Report of the Imperial Institute of Veterinary Research, Muktesar
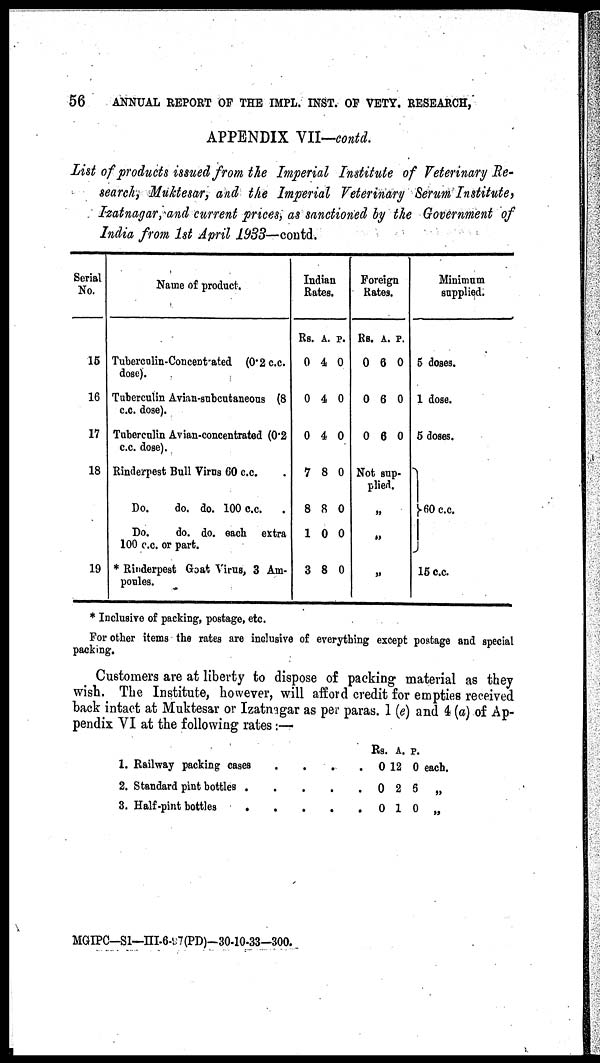
56
ANNUAL REPORT OF THE IMPL. INST. OF VETY. RESEARCH,
APPENDIX VII—contd.
List of products issued from the Imperial Institute of Veterinary Re-
search, Muktesar, and the Imperial Veterinary Serum Institute,
Izatnagar, and current prices, as sanctioned by the Government of
India from 1st April 1933—contd.
Serial
No.
15
16
17
18
19
Name of product.
Tuberculin-Concentrated (0.2 c.c.
dose).
Tuberculin Avian-subcutaneous (8
c.c. dose).
Tuberculin Avian-concentrated (0.2
c.c. dose).
Rinderpest Bull Virus 60 c.c.
Do.
do. do. 100 c.c.
Do.
do. do. each extra
100 c.c. or part.
* Rinderpest Goat Virus, 3 Am-
poules.
Indian
Rates.
Rs.
0
0
0
7
8
1
3
A.
4
4
4
8
8
0
8
P.
0
0
0
0
0
0
0
Foreign
Rates.
Rs.
0
0
0
A.
6
6
6
P.
0
0
0
Not sup-
lied.
„
„
„
Minimum
supplied.
5 doses.
1 dose.
5 doses.
}60 c.c.
15 c.c.
* Inclusive of packing, postage, etc.
For other items the rates are inclusive of everything except postage and special
packing.
Customers are at liberty to dispose of packing material as they
wish. The Institute, however, will afford credit for empties received
back intact at Muktesar or Izatnagar as per paras. 1 (e) and 4 (a) of Ap-
pendix VI at the following rates :—
1. Railway packing cases
2. Standard pint bottles .
3. Half-pint bottles
.
.
.
.
.
.
.
.
.
.
.
.
.
Rs.
0
0
0
A.
12
2
1
P.
0
5
0
each.
„
„
MGIPC-S1—III-6-97(PD)-30-10-33-300.